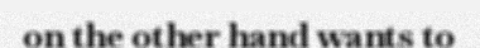
on the other hand wants to